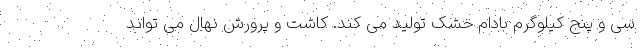
سی و پنج کیلوگرم بادام خشک تولید می کند. کاشت و پرورش نهال می تواند